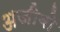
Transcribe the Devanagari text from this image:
अजीबो